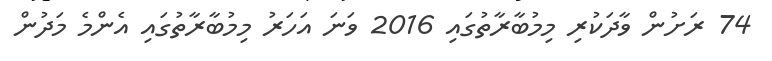
74 ރަށުން ވާދަކުރި މިމުބާރާތުގައި 2016 ވަނަ އަހަރު މިމުބާރާތުގައި އެންމެ މަދުން